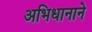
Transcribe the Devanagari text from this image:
अभिधानाने